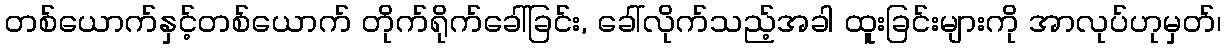
တစ်ယောက်နှင့်တစ်ယောက် တိုက်ရိုက်ခေါ်ခြင်း, ခေါ်လိုက်သည့်အခါ ထူးခြင်းများကို အာလုပ်ဟုမှတ်၊